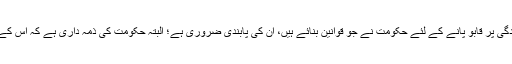
۵- کارخانوں اور فیکٹریوں کی آلودگی پر قابو پانے کے لئے حکومت نے جو قوانین بنائے ہیں، ان کی پابندی ضروری ہے؛ البتہ حکومت کی ذمہ داری ہے کہ اس کے لئے مناسب سہولیات فراہم کرے۔